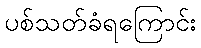
ပစ်သတ်ခံရကြောင်း